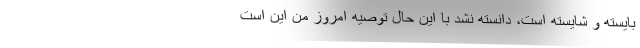
بایسته و شایسته است، دانسته نشد با این حال توصیه امروز من این است